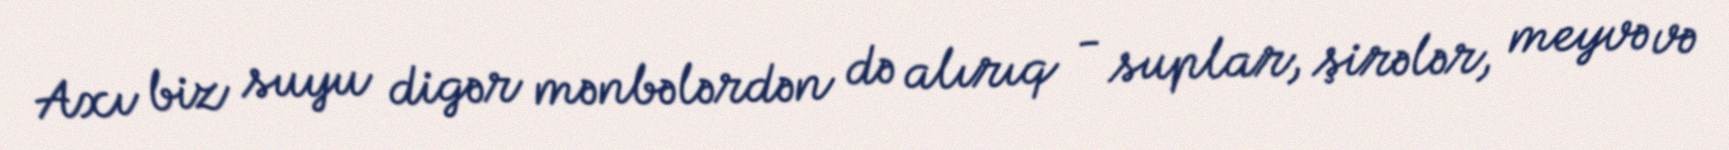
Axı biz suyu digər mənbələrdən də alırıq - suplar, şirələr, meyvə və